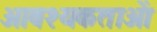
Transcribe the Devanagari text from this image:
आवश्यकताआें